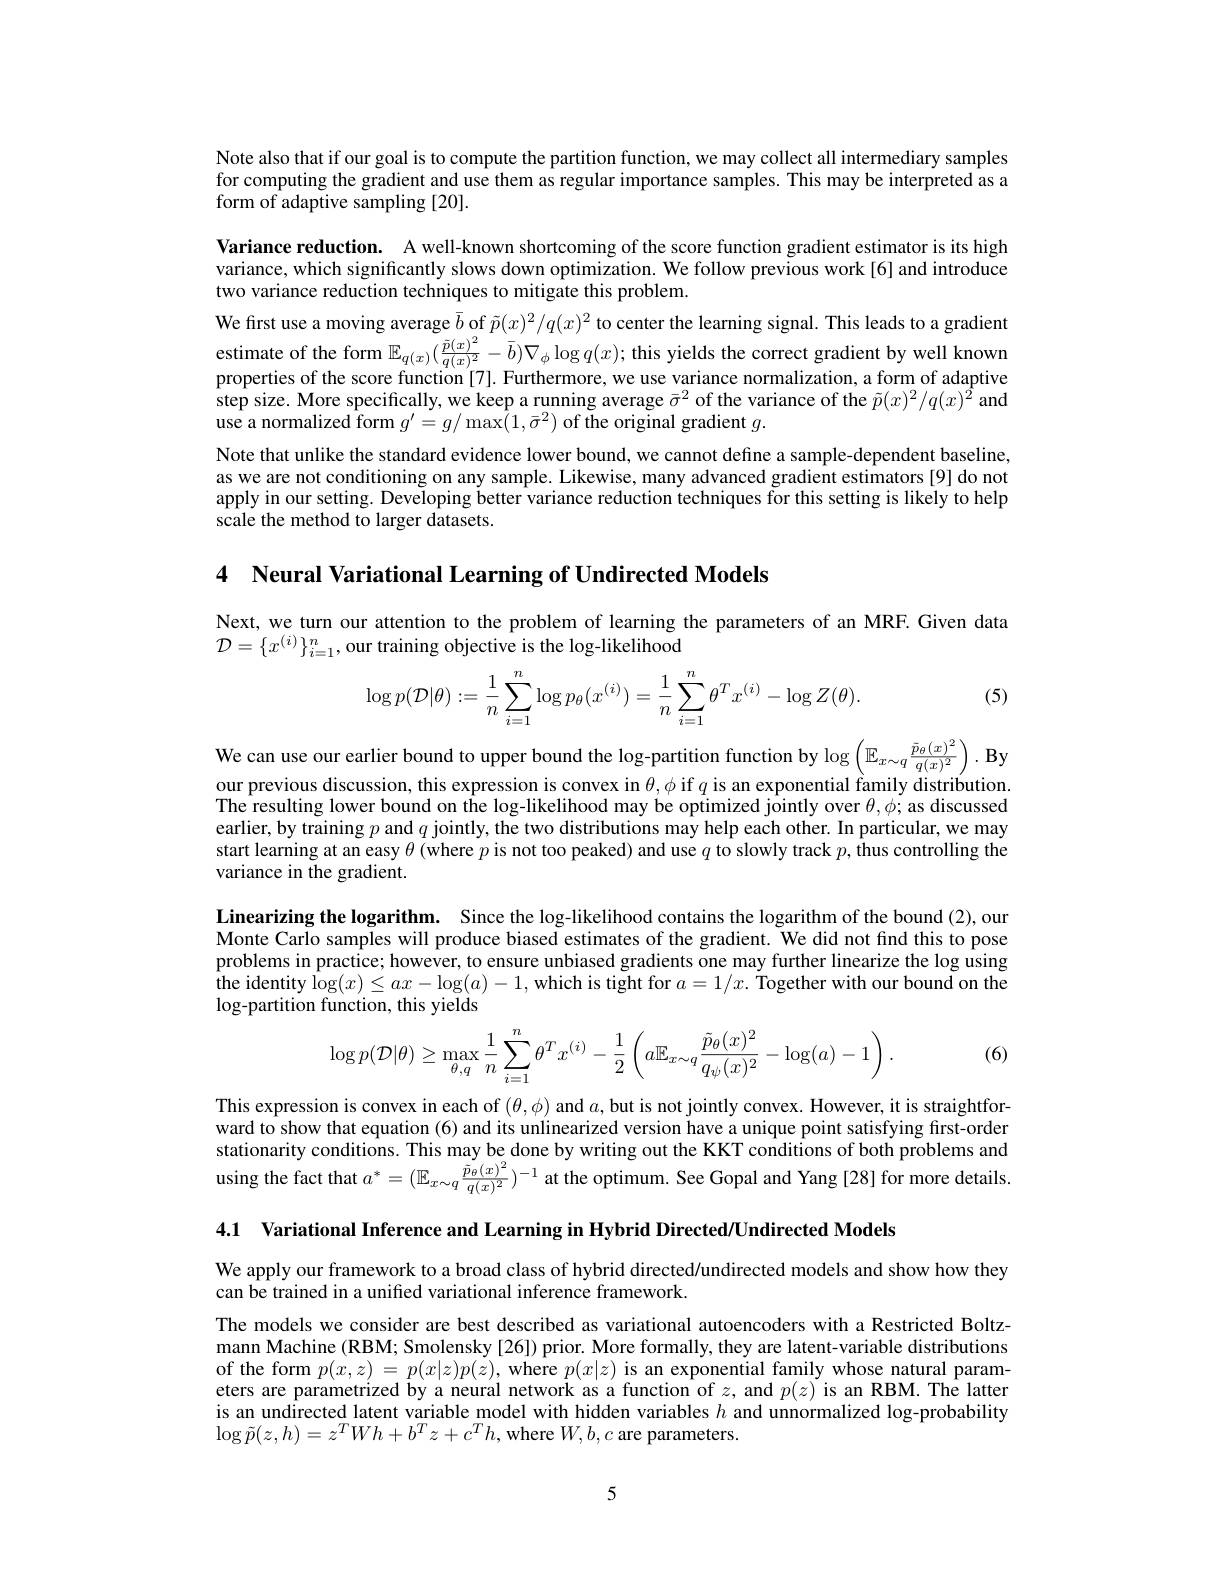
Note also that if our goal is to compute the partition function, we may collect all intermediary samples for computing the gradient and use them as regular importance samples. This may be interpreted as a form of adaptive sampling [20].

Variance reduction. A well-known shortcoming of the score function gradient estimator is its high variance, which significantly slows down optimization. We follow previous work[6] and introduce two variance reduction techniques to mitigate this problem.
We first use a moving average $\bar{b}$ of $\tilde{p}(x)^2/q(x)^2$ to center the learning signal. This leads to a gradient estimate of the form $\mathbb{E}_{q(x)}(\frac{\tilde{p}(x)^2}{q(x)^2}-\bar{b})\nabla_{\phi}\log q(x);$ this yields the correct gradient by well known properties of the score function [7]. Furthermore, we use variance normalization, a form of adaptive step size. More specifically, we keep a running average $\bar{\sigma}^2$ of the variance of the $\tilde{p}(x)^2/q(x)^2$ and use a normalized form $g^\prime=g/\max(1,\bar{\sigma}^2)$ of the original gradient $g.$
Note that unlike the standard evidence lower bound, we cannot define a sample-dependent baseline, as we are not conditioning on any sample. Likewise, many advanced gradient estimators[9] do not apply in our setting. Developing better variance reduction techniques for this setting is likely to help scale the method to larger datasets.

4 Neural Variational Learning of Undirected Models

Next, we turn our attention to the problem of learning the parameters of an MRF. Given data
$\mathcal{D}=\{x^{(i)}\}_{i=1}^n$,our training objective is the log-likelihood

(5)
$$\log p(\mathcal{D}|\theta):=\dfrac{1}{n}\sum\limits_{i=1}^n\log p_\theta(x^{(i)})=\dfrac{1}{n}\sum\limits_{i=1}^n\theta^Tx^{(i)}-\log Z(\theta).$$
We can use our earlier bound to upper bound the log-partition function by $\log\left(\mathbb{E}_{x\sim q}\frac{\tilde{p}_\theta(x)^2}{q(x)^2}\right).\mathbf{B}_{y\in\mathcal{R}}$

our previous discussion, this expression is convex in $\theta,\phi$ if $q$ is an exponential family distribution The resulting lower bound on the log-likelihood may be optimized jointly over $\theta,\phi;$ as discussed earlier, by training $p$ and $q$ jointly, the two distributions may help each other. In particular, we may start learning at an easy $\theta$ (where $p$ is not too peaked) and use $q$ to slowly track $p$, thus controlling the variance in the gradient.

Linearizing the logarithm. Since the log-likelihood contains the logarithm of the bound (2),our Monte Carlo samples will produce biased estimates of the gradient. We did not find this to pose problems in practice; however, to ensure unbiased gradients one may further linearize the log using the identity $\log(x)\leq ax-\log(a)-1$,which is tight for $a=1/x.$ Together with our bound on the $\log$-partition function, this yields

(6)
$$\log p(\mathcal{D}|\theta)\geq\max\limits_{\theta,q}\frac{1}{n}\sum\limits_{i=1}^{n}\theta^Tx^{(i)}-\frac{1}{2}\left(a\mathbb{E}_{x\sim q}\frac{\tilde{p}_{\theta}(x)^2}{q_{\psi}(x)^2}-\log(a)-1\right).$$
This expression is convex in each of $(\theta,\phi)$ and $a$, but is not jointly convex. However, it is straightforward to show that equation (6) and its unlinearized version have a unique point satisfying first-order stationarity conditions. This may be done by writing out the KKT conditions of both problems and using the fact that $a^*=(\mathbb{E}_{x\sim q}\frac{\tilde{p}_{\theta}(x)^{2}}{q(x)^{2}})^{-1}$ at the optimum. See Gopal and Yang [28] for more details

4.1 Variational Inference and Learning in Hybrid Directed/Undirected Models

We apply our framework to a broad class of hybrid directed/undirected models and show how they
can be trained in a unifed variational inference framework.

The models we consider are best described as variational autoencoders with a Restricted Boltzmann Machine (RBM; Smolensky [26]) prior. More formally, they are latent-variable distributions of the form $p(x,z)=p(x|z)p(z)$, where $p(x|z)$ is an exponential family whose natural parameters are parametrized by a neural network as a function of $z$, and $p(z)$ is an RBM. The latter is an undirected latent variable model with hidden variables $h$ and unnormalized log-probability $\log\tilde{p}(z,h)=z^{T}Wh+b^{T}z+c^{T}h$,where $W,b,c$ are parameters.

5